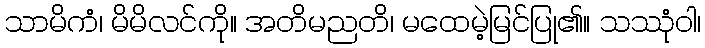
သာမိကံ၊ မိမိလင်ကို။ အတိမညတိ၊ မထေမဲ့မြင်ပြု၏။ သဿုံဝါ၊